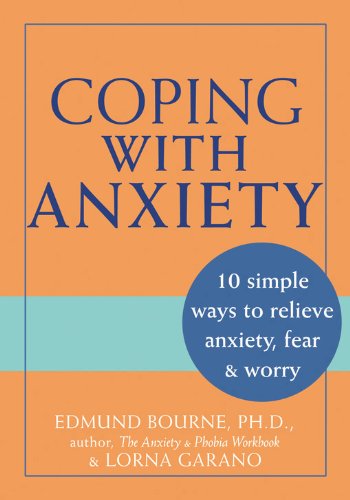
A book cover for Coping with Anxiety: 10 Simple Ways to Relieve Anxiety, Fear & Worry; Edmund J. Bourne; Self-Help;